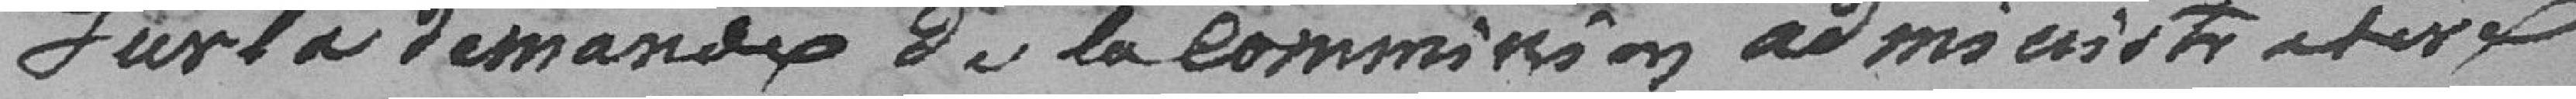
Sur la demande de la Commission administrative active